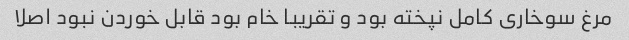
مرغ سوخاری کامل نپخته بود و تقریبا خام بود قابل خوردن نبود اصلا